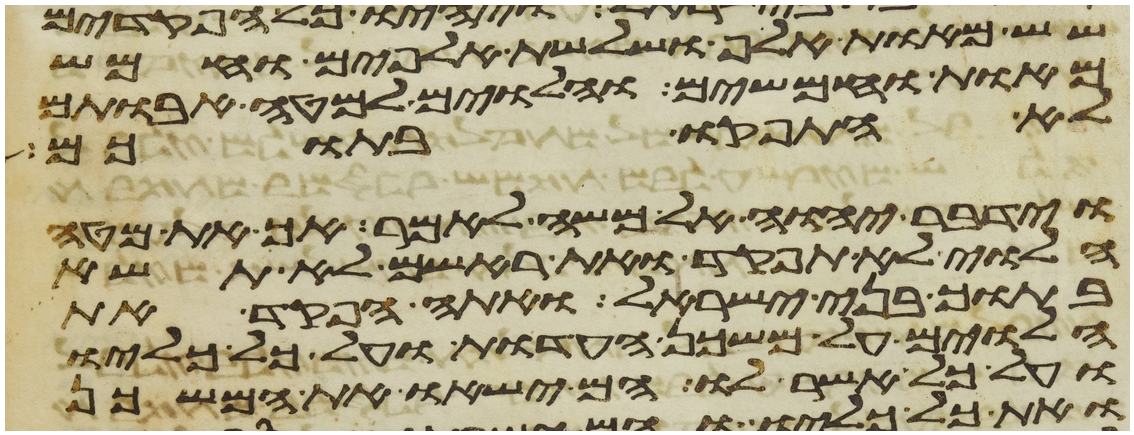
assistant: שש מאות אלף ושלשת אלפים וחמש
מאות וחמשים והלוים למטה אבותם
לא התפקדו בתוכם
וידבר יהוה אל משה לאמר אך את מטה
הלוי לא תפקד ואת ראשם לא תשא
בתוך בני ישראל ואתה הפקד את
הלוים על משכן העדות ועל כל כליו
ועל כל אשר לו הם ישאו את המשכן